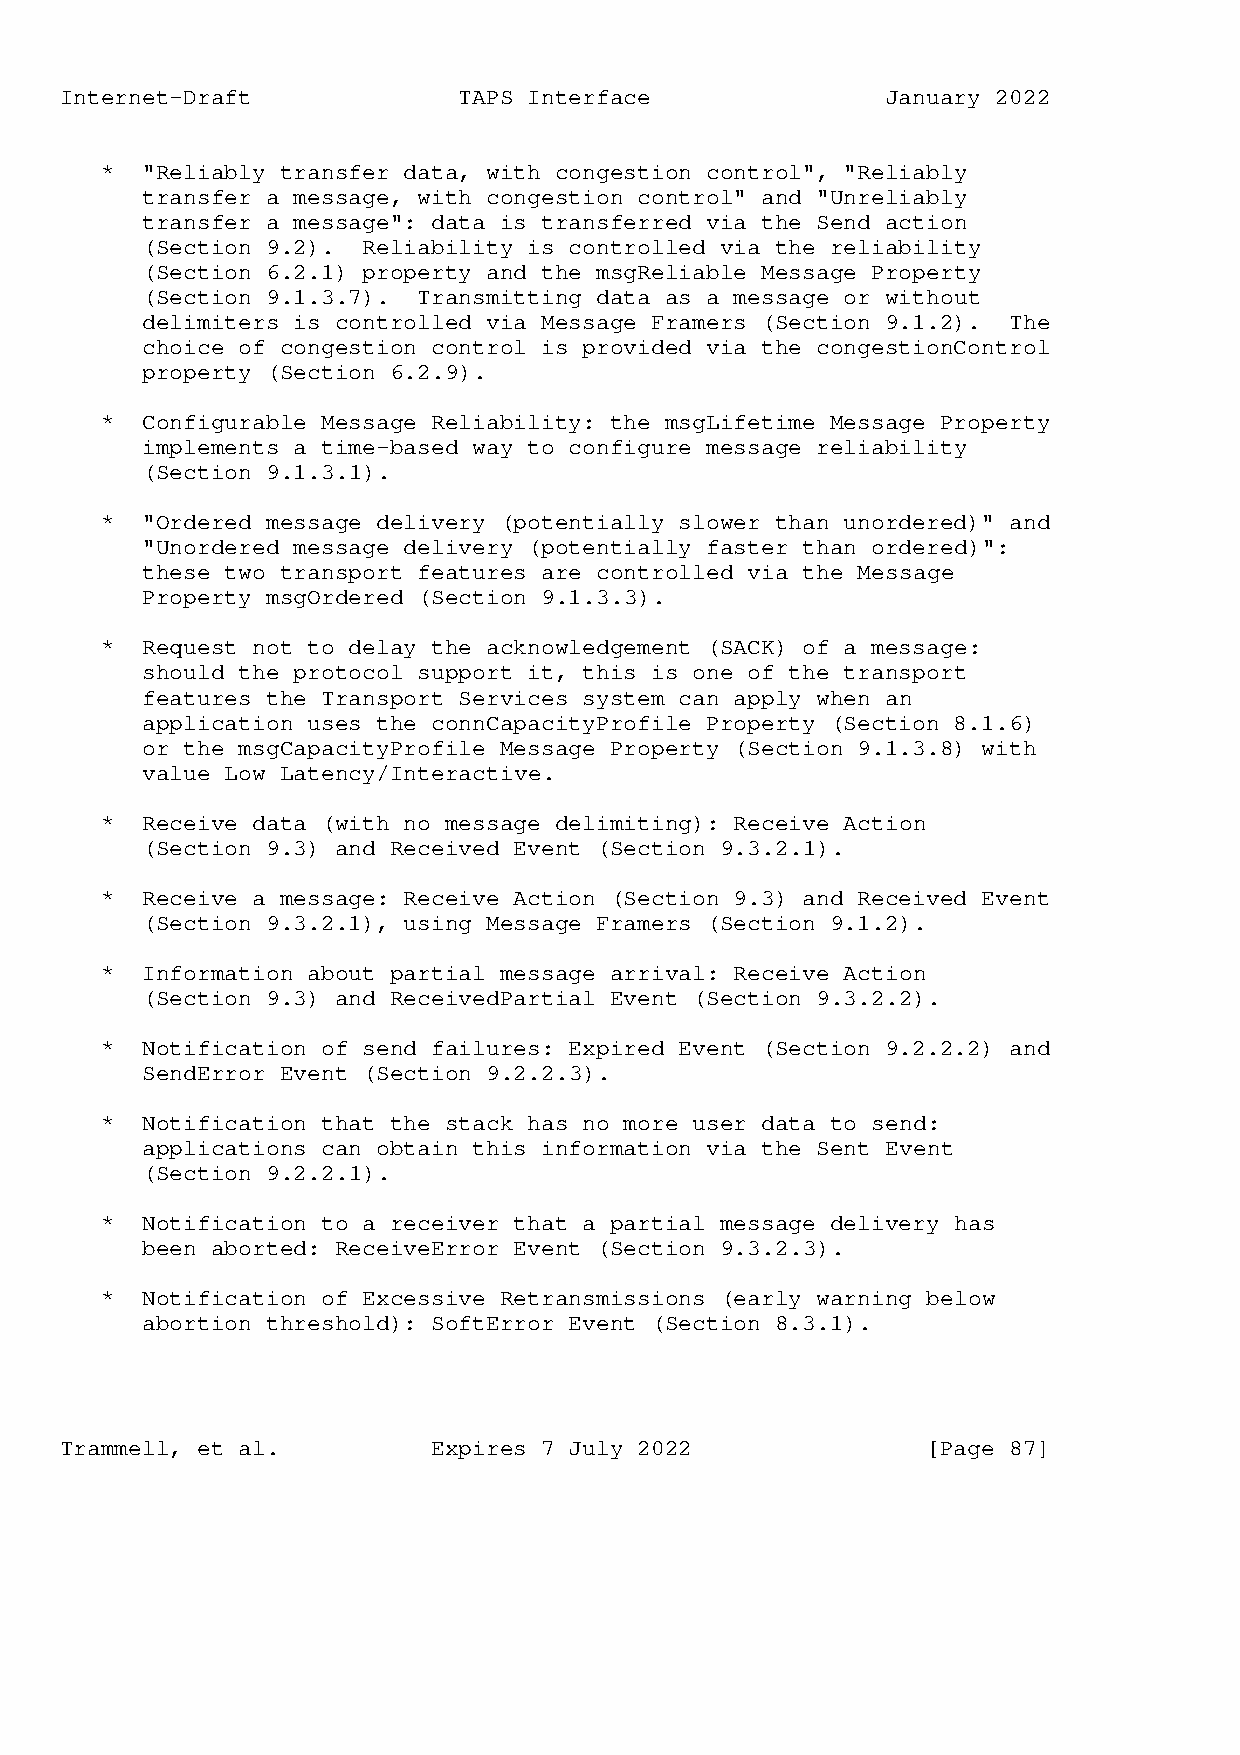
Internet-Draft            TAPS Interface               January 2022
 * "Reliably transfer data, with congestion control", "Reliably
 transfer a message, with congestion control" and "Unreliably
 transfer a message": data is transferred via the Send action
 (Section 9.2). Reliability is controlled via the reliability
 (Section 6.2.1) property and the msgReliable Message Property
 (Section 9.1.3.7). Transmitting data as a message or without
 delimiters is controlled via Message Framers (Section 9.1.2). The
 choice of congestion control is provided via the congestionControl
 property (Section 6.2.9).
 * Configurable Message Reliability: the msgLifetime Message Property
 implements a time-based way to configure message reliability
 (Section 9.1.3.1).
 * "Ordered message delivery (potentially slower than unordered)" and
 "Unordered message delivery (potentially faster than ordered)":
 these two transport features are controlled via the Message
 Property msgOrdered (Section 9.1.3.3).
 * Request not to delay the acknowledgement (SACK) of a message:
 should the protocol support it, this is one of the transport
 features the Transport Services system can apply when an
 application uses the connCapacityProfile Property (Section 8.1.6)
 or the msgCapacityProfile Message Property (Section 9.1.3.8) with
 value Low Latency/Interactive.
 * Receive data (with no message delimiting): Receive Action
 (Section 9.3) and Received Event (Section 9.3.2.1).
 * Receive a message: Receive Action (Section 9.3) and Received Event
 (Section 9.3.2.1), using Message Framers (Section 9.1.2).
 * Information about partial message arrival: Receive Action
 (Section 9.3) and ReceivedPartial Event (Section 9.3.2.2).
 * Notification of send failures: Expired Event (Section 9.2.2.2) and
 SendError Event (Section 9.2.2.3).
 * Notification that the stack has no more user data to send:
 applications can obtain this information via the Sent Event
 (Section 9.2.2.1).
 * Notification to a receiver that a partial message delivery has
 been aborted: ReceiveError Event (Section 9.3.2.3).
 * Notification of Excessive Retransmissions (early warning below
 abortion threshold): SoftError Event (Section 8.3.1).
 Trammell, et al.         Expires 7 July 2022             [Page 87]